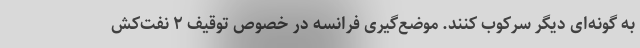
به گونه‌ای دیگر سرکوب کنند. موضع‌گیری فرانسه در خصوص توقیف ۲ نفت‌کش